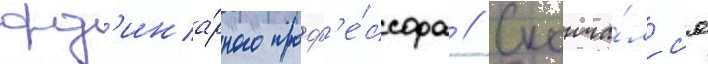
орд'ина́рного проф'е́ссора // Сконча́лс'я